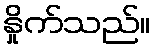
နှိုက်သည်။